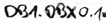
Text: DB1.DBX 0.1